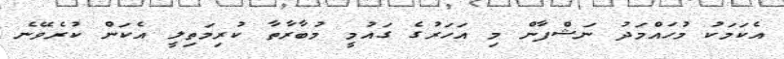
އެކަމަކު މުހައްމަދު ނަޝްފާން މި އަހަރުގެ ގައުމީ މުބާރާތާ ކުރިމަތިލީ އެކަން ކުރެވޭނެ